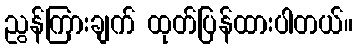
ညွန်ကြားချက် ထုတ်ပြန်ထားပါတယ်။